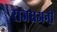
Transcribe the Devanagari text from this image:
राजधअनी